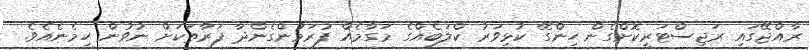
ރާއްޖޭގައި ރަޖިސްޓަރީކޮށްގެން ހިންގޭ ކުޅިވަރު ކްލަބެއްގެ މަގާމެއް ފުރަމުންގެންދާ ފަރާތަކަށް ނުވުން ހިމެނެއެވެ.